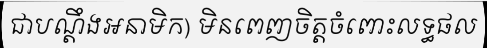
ជាបណ្តឹងអនាមិក) មិនពេញចិត្តចំពោះលទ្ធផល